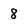
Character: 8